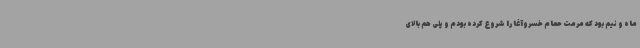
ماه و نیم بود که مرمت حمام خسروآغا را شروع کرده بودم و پلی هم بالای